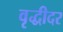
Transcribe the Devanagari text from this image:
वृद्धीदर